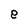
Character: e